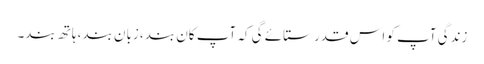
زندگی آپ کو اس قدر ستائے گی کہ آپ کان بند، زبان بند، ہاتھ بند۔